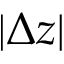
| \Delta z |